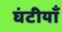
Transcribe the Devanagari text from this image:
घंटीयाँ